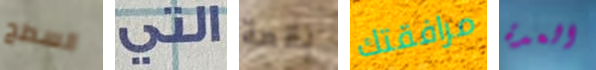
السطح التي بقعة مرافقتك العدة